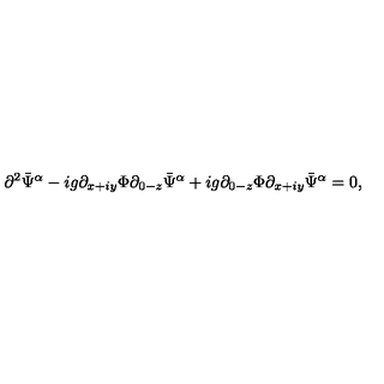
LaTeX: \partial ^ { 2 } \bar { \Psi } ^ { \alpha } - i g \partial _ { x + i y } \Phi \partial _ { 0 - z } \bar { \Psi } ^ { \alpha } + i g \partial _ { 0 - z } \Phi \partial _ { x + i y } \bar { \Psi } ^ { \alpha } = 0 ,